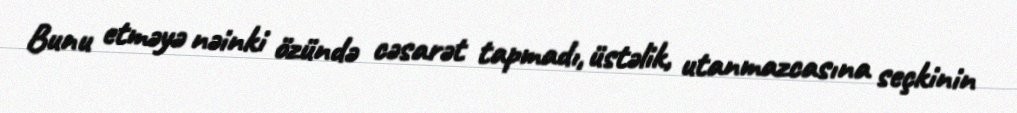
Bunu etməyə nəinki özündə cəsarət tapmadı, üstəlik, utanmazcasına seçkinin